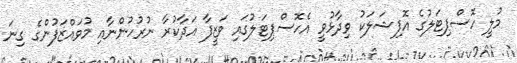
މުލީ ހޮސްޕިޓަލުގެ އޮފިޝަލަކު ވިދާޅުވީ އެހޮސްޕިޓަލުގައި ވަޒީފާ އަދާކުރާ ނުރުހުންނާއި މުވައްޒަފުންގެ ގިނަ